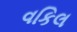
વકિલ